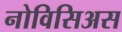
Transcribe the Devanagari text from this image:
नोविसिअस